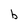
Character: b